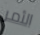
الأمر